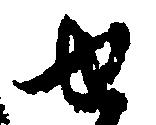
せ